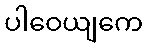
ပါဝေယျကေ